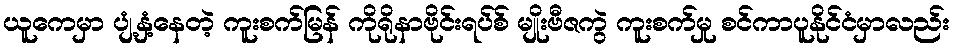
ယူကေမှာ ပျံ့နှံ့နေတဲ့ ကူးစက်မြန် ကိုရိုနာဗိုင်းရပ်စ် မျိုးဗီဇကွဲ ကူးစက်မှု စင်ကာပူနိုင်ငံမှာလည်း